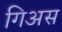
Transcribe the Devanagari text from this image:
गिअस